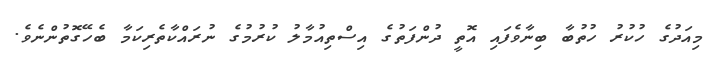
މިއަދުގެ ހުކުރު ހުތުބާ ބިނާވެފައި އޮތީ ދުންފަތުގެ އިސްތިއުމާލު ކުރުމުގެ ނުރައްކާތެރިކަމާ ބެހޭގޮތުންނެވެ.